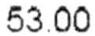
53.00